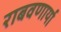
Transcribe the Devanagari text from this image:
राबवणार्या